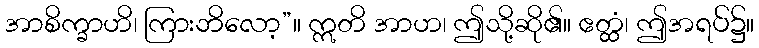
အာစိက္ခာဟိ၊ ကြားဘိလော့”။ ဣတိ အာဟ၊ ဤသို့ဆို၏။ ဧတ္ထံ၊ ဤအရပ်၌။